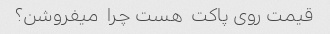
قیمت روی پاکت  هست چرا  میفروشن؟